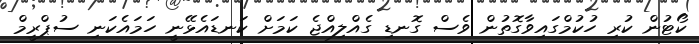
ކޯޓުން ކުރި ހުކުމްގައިވާގޮތުން ވެސް ގޮނޑި ގެއްލިއްޖެ ކަމަށް ކަނޑައެޅޭނީ ހަމައެކަނި ސުޕްރީމް